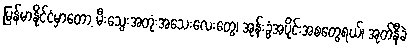
မြန်မာနိုင်ငံမှာတော့ မီးသွေးအတုံးအသေးလေးတွေ၊ အုန်းခွံအပိုင်းအစတွေရယ်၊ အုတ်နီခဲ